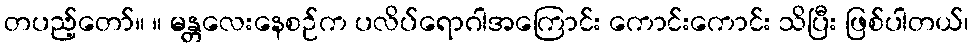
တပည့်တော်။ ။ မန္တလေးနေစဉ်က ပလိပ်ရောဂါအကြောင်း ကောင်းကောင်း သိပြီး ဖြစ်ပါတယ်၊